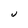
Character: U